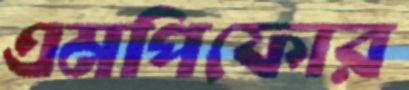
এমপিফোর